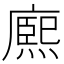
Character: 𭙼